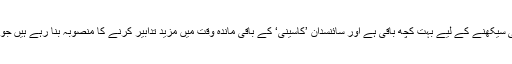
’کاسینی‘گزشتہ 9 سالوں سے سیارہ زحل پر ہے لیکن سائنسدانوں کا کہنا ہے کہ ابھی سیکھنے کے لیے بہت کچھ باقی ہے اور سائنسدان ’کاسینی‘ کے باقی ماندہ وقت میں مزید تدابیر کرنے کا منصوبہ بنا رہے ہیں جو گزشتہ برسوں میں کیے جانے والے مشنز کے مقابلوں میں خطرناک ہو سکتے ہیں۔